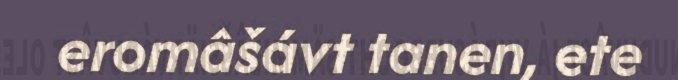
eromâšávt tanen, ete